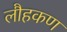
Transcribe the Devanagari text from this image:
लौहकण